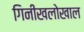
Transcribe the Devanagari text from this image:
गिनीखलोखाल